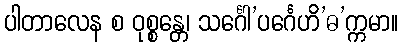
ပါတာလေန စ ဝုစ္စန္တေ၊ သင်္ဂေါ’ပင်္ဂေဟိ’ဓ’က္ကမာ။